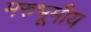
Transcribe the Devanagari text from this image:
मरुभूमीय